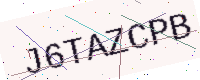
Text: J6TAZCPB